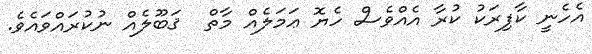
އެހެނީ ކާފިރަކު ކުރާ އެއްވެސް ހެޔޮ ޢަމަލެއް މާތް  ޤަބޫލެއް ނުކުރައްވައެވެ.